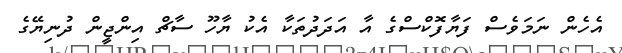
އެހެން ނަމަވެސް ފަޔާފޮކްސްގެ އާ އަދަދުތަކާ އެކު ޔާހޫ ސާޗް އިންޖީން ދުނިޔޭގެ